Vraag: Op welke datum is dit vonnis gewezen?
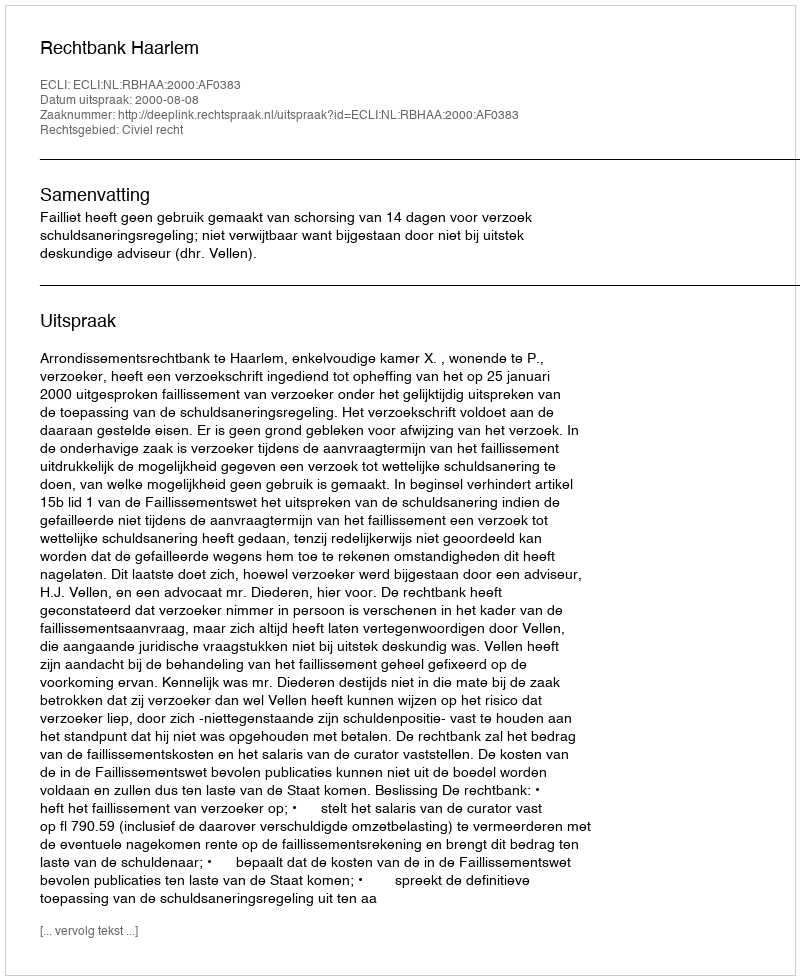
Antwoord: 2000-08-08